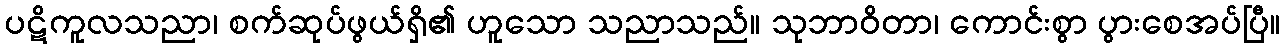
ပဋိကူလသညာ၊ စက်ဆုပ်ဖွယ်ရှိ၏ ဟူသော သညာသည်။ သုဘာဝိတာ၊ ကောင်းစွာ ပွားစေအပ်ပြီ။